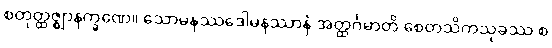
စတုတ္ထဇ္ဈာနက္ခဏေ။ သောမနဿဒေါမနဿာနံ အတ္ထင်္ဂမာတိ စေတသိကသုခဿ စ